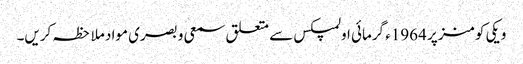
ویکی کومنز پر 1964ء گرمائی اولمپکس سے متعلق سمعی و بصری مواد ملاحظہ کریں۔